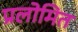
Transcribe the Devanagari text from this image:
प्रलोमित